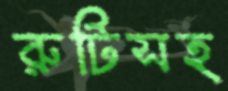
রুটিসহ